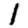
Digit: 1